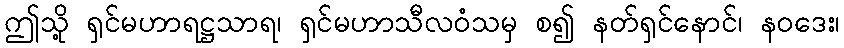
ဤသို့ ရှင်မဟာရဋ္ဌသာရ၊ ရှင်မဟာသီလဝံသမှ စ၍ နတ်ရှင်နောင်၊ နဝဒေး၊